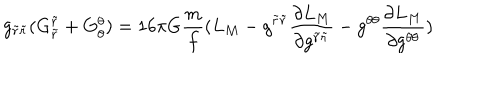
g _ { \tilde { r } \tilde { r } } ( G _ { \tilde { r } } ^ { \tilde { r } } + G _ { \theta } ^ { \theta } ) = 1 6 \pi G \frac { m } { f } ( L _ { M } - g ^ { \tilde { r } \tilde { r } } \frac { \partial L _ { M } } { \partial g ^ { \tilde { r } \tilde { r } } } - g ^ { \theta \theta } \frac { \partial L _ { M } } { \partial g ^ { \theta \theta } } )